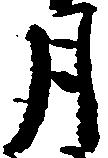
月